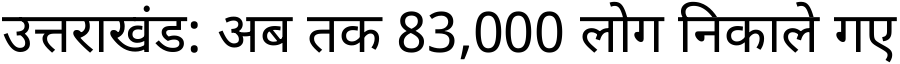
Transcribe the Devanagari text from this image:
उत्तराखंड: अब तक 83,000 लोग निकाले गए